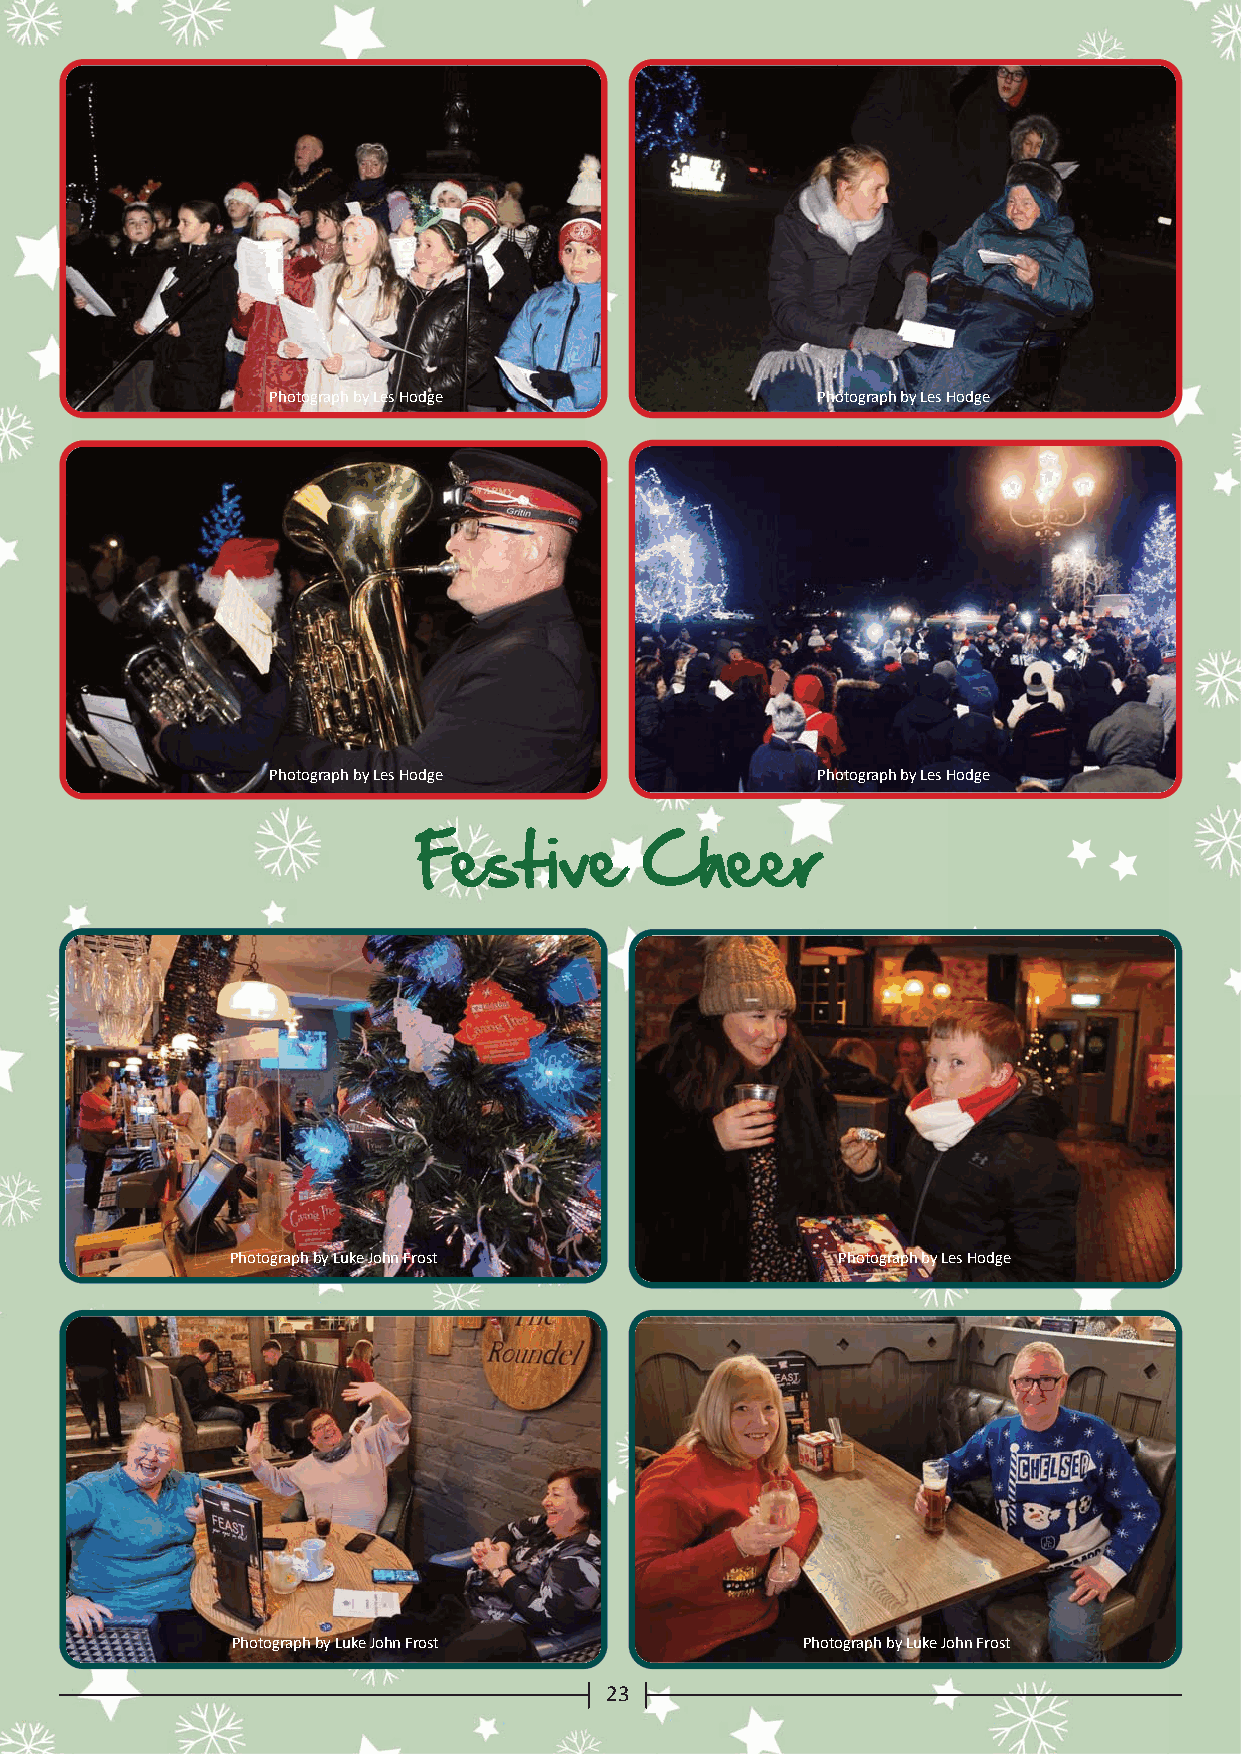
Photograph by Les Hodge             Photograph by Les Hodge
 Photograph by Les Hodge             Photograph by Les Hodge
 Festive        Cheer
 Photograph by Luke John Frost            Photograph by Les Hodge
 Photograph by Luke John Frost         Photograph by Luke John Frost
 23